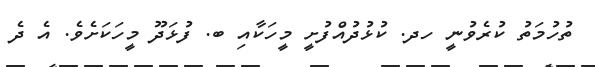
ތުހުމަތު ކުރެވުނީ ހދ. ކުޅުދުއްފުށީ މީހަކާއި ބ. ފުޅަދޫ މީހަކަށެވެ. އެ ދެ